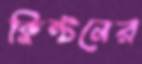
ক্লিন্টনের